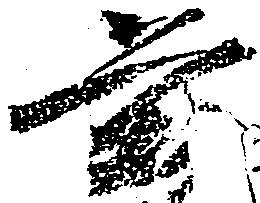
茲